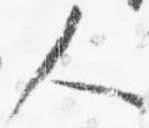
人